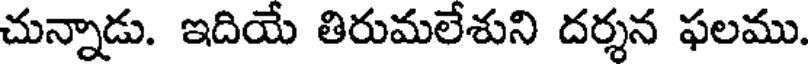
చున్నాడు. ఇదియే తిరుమలేశుని దర్శన ఫలము.